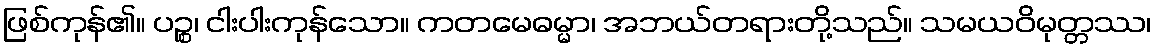
ဖြစ်ကုန်၏။ ပဉ္စ၊ ငါးပါးကုန်သော။ ကတမေဓမ္မာ၊ အဘယ်တရားတို့သည်။ သမယဝိမုတ္တဿ၊